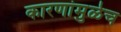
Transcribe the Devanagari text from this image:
कारणांमुळेच